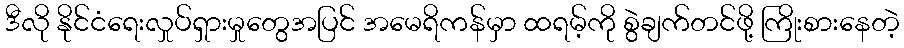
ဒီလို နိုင်ငံရေးလှုပ်ရှားမှုတွေအပြင် အမေရိကန်မှာ ထရမ့်ကို စွဲချက်တင်ဖို့ ကြိုးစားနေတဲ့